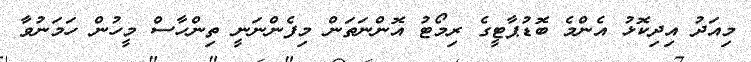
މިއަދު އިދިކޮޅު އެންމެ ބޮޑުޕާޓީގެ ރިމޯޓު އޮންނަތަން މިފެންނަނީ ތިންހާސް މީހުން ހަމަނުވާ